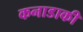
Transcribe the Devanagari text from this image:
कनाडाकी